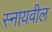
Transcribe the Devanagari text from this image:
स्नायवील